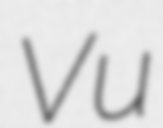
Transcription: Vu